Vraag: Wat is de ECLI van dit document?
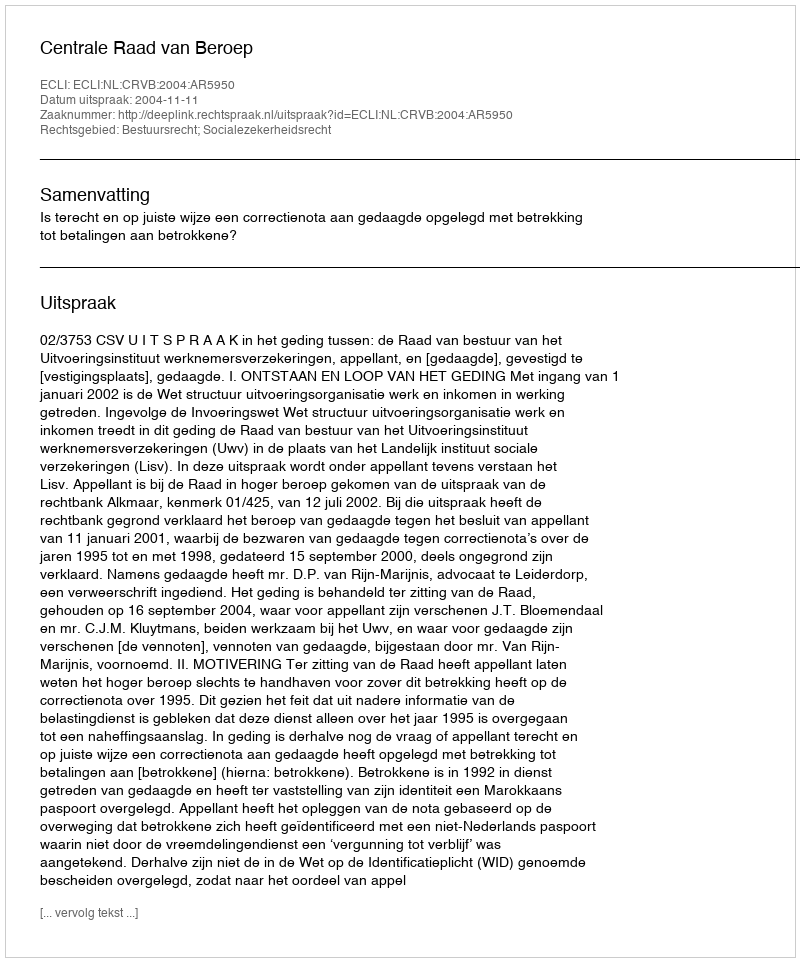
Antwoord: ECLI:NL:CRVB:2004:AR5950